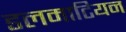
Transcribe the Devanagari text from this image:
डलमाटियन